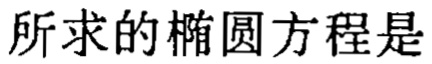
所求的椭圆方程是